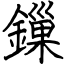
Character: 鏁